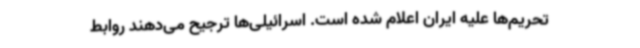
تحریم‌ها علیه ایران اعلام شده است. اسرائیلی‌ها ترجیح می‌دهند روابط